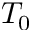
T _ { 0 }